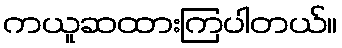
ကယူဆထားကြပါတယ်။